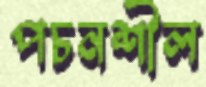
পচনশীল